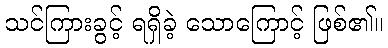
သင်ကြားခွင့် ရရှိခဲ့ သောကြောင့် ဖြစ်၏။